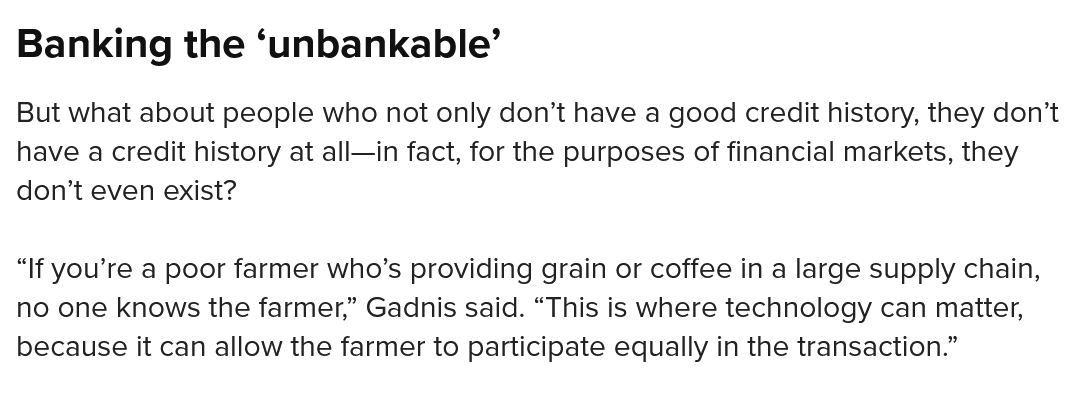
But what about people who not only don’t have a good credit history, they don’t
  have a credit history at all—in fact, for the purposes of financial markets, they
  don’t even exist?
  “If you’re a poor farmer who’s providing grain or coffee in a large supply chain,
  no one knows the farmer,” Gadnis said. “This is where technology can matter,
  because it can allow the farmer to participate equally in the transaction.”
  Banking    the  ‘unbankable’